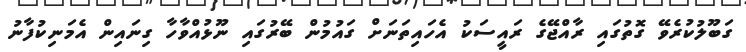
ގަބޫލުކުރެވޭ ގޮތުގައި ރާއްޖޭގެ ރައީސަކު އެހައިތަނަށް ގައުމުން ބޭރުގައި ނޫޅުއްވާހާ ގިނައިން އެމަނިކުފާނު